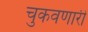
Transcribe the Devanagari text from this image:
चुकवणारी